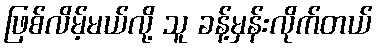
ဖြစ်လိမ့်မယ်လို့ သူ ခန့်မှန်းလိုက်တယ်